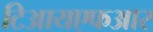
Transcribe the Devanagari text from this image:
टिआयएफआर